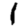
Digit: 1